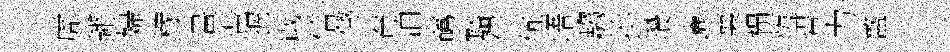
虎鏘婦稼畫軰握戢信懲奄泊蘤豁律伉峿騶拚瓚邐襄榻恆碧力盩